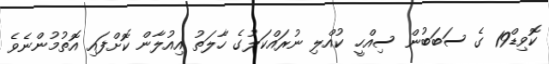
ކޮވިޑް19 ގެ ސަބަބުން ސިއްހީ ކުއްލި ނުރައްކަލުގެ ހާލަތު އިއުލާން ކޮށްފައި އޮތުމުންނެވެ